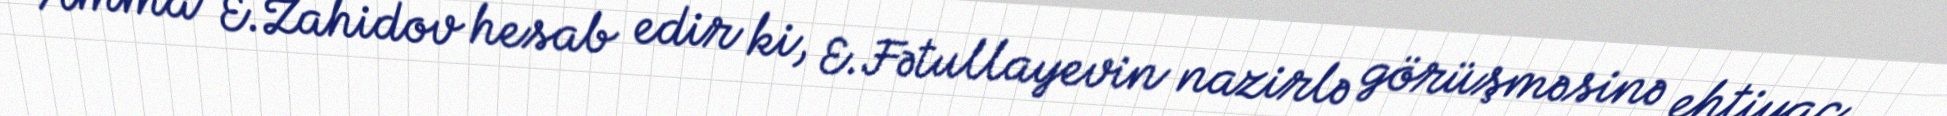
Amma E.Zahidov hesab edir ki, E.Fətullayevin nazirlə görüşməsinə ehtiyac